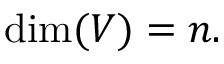
\dim ( V ) = n .